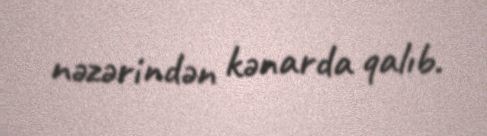
nəzərindən kənarda qalıb.